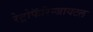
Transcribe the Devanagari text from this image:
रेट्रोफॅरिन्जायटल